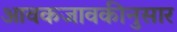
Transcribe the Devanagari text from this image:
आवकजावकीनुसार